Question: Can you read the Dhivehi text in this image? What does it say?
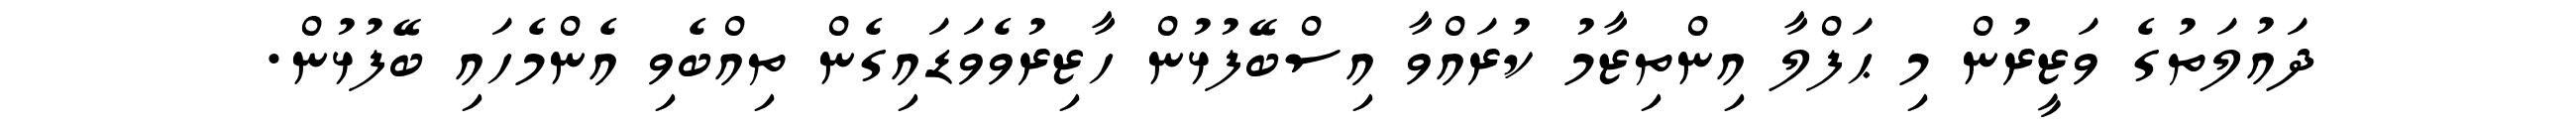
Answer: ދައުލަތުގެ ވަޒީރުން މި ޙަފްލާ އިންތިޒާމު ކުރައްވާ އިސްބޭފުޅުން ހާޒިރުވެވަޑައިގެން ތިއްބެވި އެންމެހައި ބޭފުޅުން.